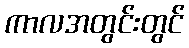
ကာလအတွင်းတွင်